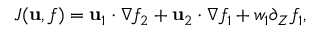
J ( \mathbf { u } , f ) = \mathbf { u } _ { 1 } \cdot \nabla f _ { 2 } + \mathbf { u } _ { 2 } \cdot \nabla f _ { 1 } + w _ { 1 } \partial _ { Z } f _ { 1 } ,